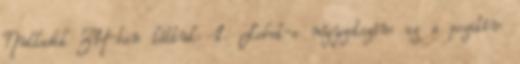
Nulladik ZH-ban láttuk: 1. Lehet-e négyzetszám az a pozitív